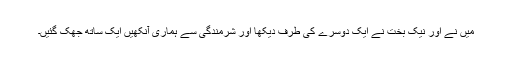
میں نے اور نیک بخت نے ایک دوسرے کی طرف دیکھا اور شرمندگی سے ہماری آنکھیں ایک ساتھ جھک گئیں۔